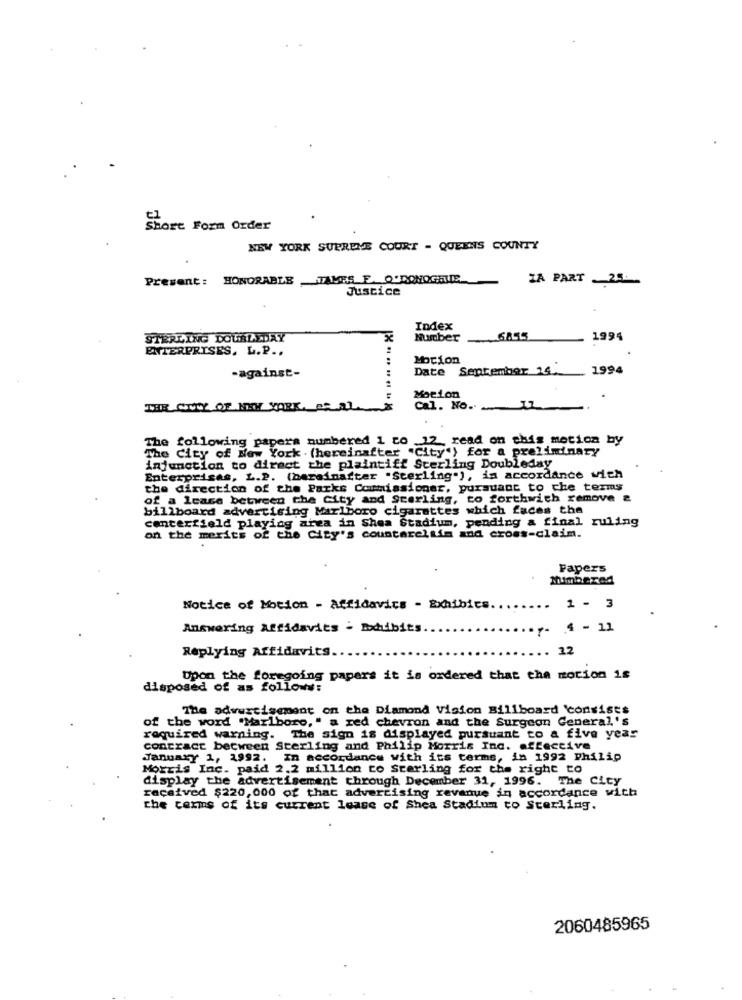
Short Form Order
NEW YORK SUPREME COURT - QUEENS COUNTY
Present: HONORABLE TALES F. O'DONOGHUE
IA PART 25
Justice
Index
STERLING DOUBLEDAY
Number
1994
ENTERPRISES, L.P ..
Motion
-against-
Date
September 14.
1994
Motion
THE COVY OF NEW YORK, PRAL
Cal. No. 17.
The following papers numbered 1 to 12, read on this motion by
The City of New York . (hereinafter "City") for a preliminary
injunction to direct the plaintiff Sterling Doubleday
Enterprises, L.P. (barainafter "Sterling"), in accordance with
the direction of the Parks Commissioner, pursuant to che terms
of a lease between the City and Sterling, to forthwich remove &
billboard advertising Marlboro cigarettes which faces the
centerfield playing area in Shea Stadium, pending a final ruling
on the merits of the City's countarelais and cross-claim.
Papers
Numbered
Notice of Motion - Affidavics - Exhibits .....
.. 1 - 3
Answering Affidavits - Exhibits.
.y- 4 - 11
Replying Affidavits
12
Upon the foregoing papers it is ordered that the motion is
disposed of as follows:
The advertisement on the Diamond Vision Billboard 'consists
of the word "Marlboro," a red chevron and the Surgeon General's
required warning. The sign is displayed pursuant to a five year
contract becween Sterling and Philip Morris Inc. affective
January 1, 1992. In accordance with its terms, in 1992 Philip
Morris Inc. paid 2.2 million to Sterling for the right to
display the advertisement through December 31, 1996. The City
received $220,000 of that advertising revenue in accordance with
the terms of its current lease of Shea Stadium to Sterling.
2060485965